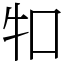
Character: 𤘘